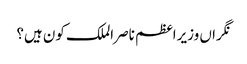
نگراں وزیراعظم ناصر الملک کون ہیں؟